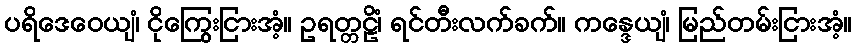
ပရိဒေဝေယျံ၊ ငိုကြွေးငြားအံ့။ ဥရတ္တဠိံ၊ ရင်တီးလက်ခက်။ ကန္ဒေယျံ၊ မြည်တမ်းငြားအံ့။